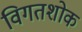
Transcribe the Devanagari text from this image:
विगतशोक